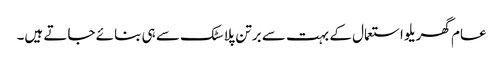
عام گھریلو استعمال کے بہت سے برتن پلاسٹک سے ہی بنائے جاتے ہیں۔